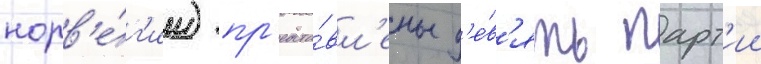
норв'е́г'ии) пр'едста́вл'ены д'е́в'ять парт'ии